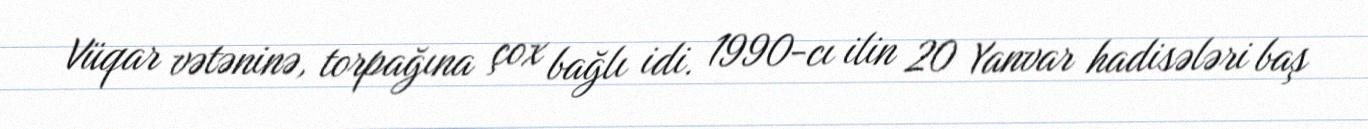
Vüqar vətəninə, torpağına çox bağlı idi. 1990-cı ilin 20 Yanvar hadisələri baş